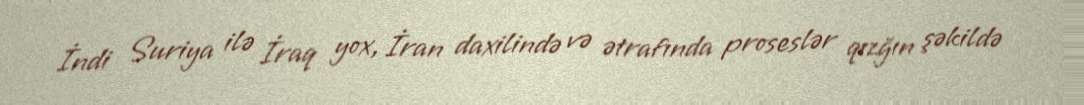
İndi Suriya ilə İraq yox, İran daxilində və ətrafında proseslər qızğın şəkildə